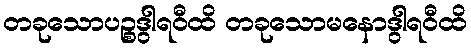
တခုသောပဉ္စဒွါရဝီထိ တခုသောမနောဒွါရဝီထိ